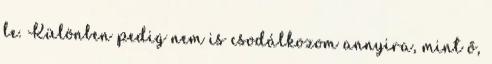
le. Különben pedig nem is csodálkozom annyira, mint ő,